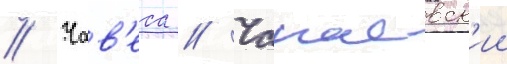
// Чав'еса // Чапаевск'ии